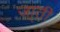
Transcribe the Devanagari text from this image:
जा्ती